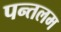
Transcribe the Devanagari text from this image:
पन्तलम